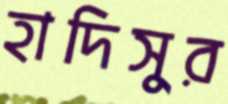
হাদিসুর